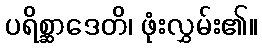
ပရိစ္ဆာဒေတိ၊ ဖုံးလွှမ်း၏။